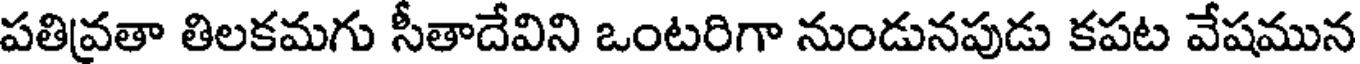
పతివ్రతా తిలకమగు సీతాదేవిని ఒంటరిగా నుండునపుడు కపట వేషమున